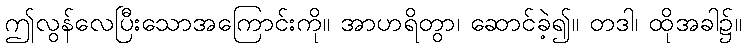
ဤလွန်လေပြီးသောအကြောင်းကို။ အာဟရိတွာ၊ ဆောင်ခဲ့၍။ တဒါ၊ ထိုအခါ၌။